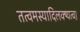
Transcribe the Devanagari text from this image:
तत्वमस्यादिलक्ष्यत्व।